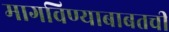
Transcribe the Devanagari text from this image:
मागविण्याबाबतची